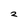
Character: 2